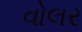
વોલર